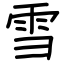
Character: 雪